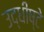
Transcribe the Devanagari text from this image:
उद्धीष्टे